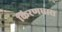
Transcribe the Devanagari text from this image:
किरणधारा